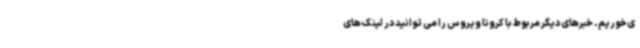
ی‌خوریم. خبرهای دیگر مربوط با کرونا ویروس را می توانید در لینک های